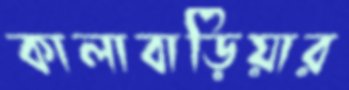
কালাবাড়িয়ার